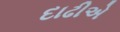
દાઢીએ